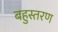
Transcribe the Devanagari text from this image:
बहुस्तरण